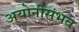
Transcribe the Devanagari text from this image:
अयोनीसंभव